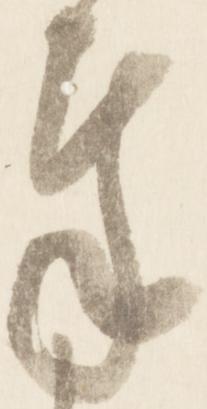
奉